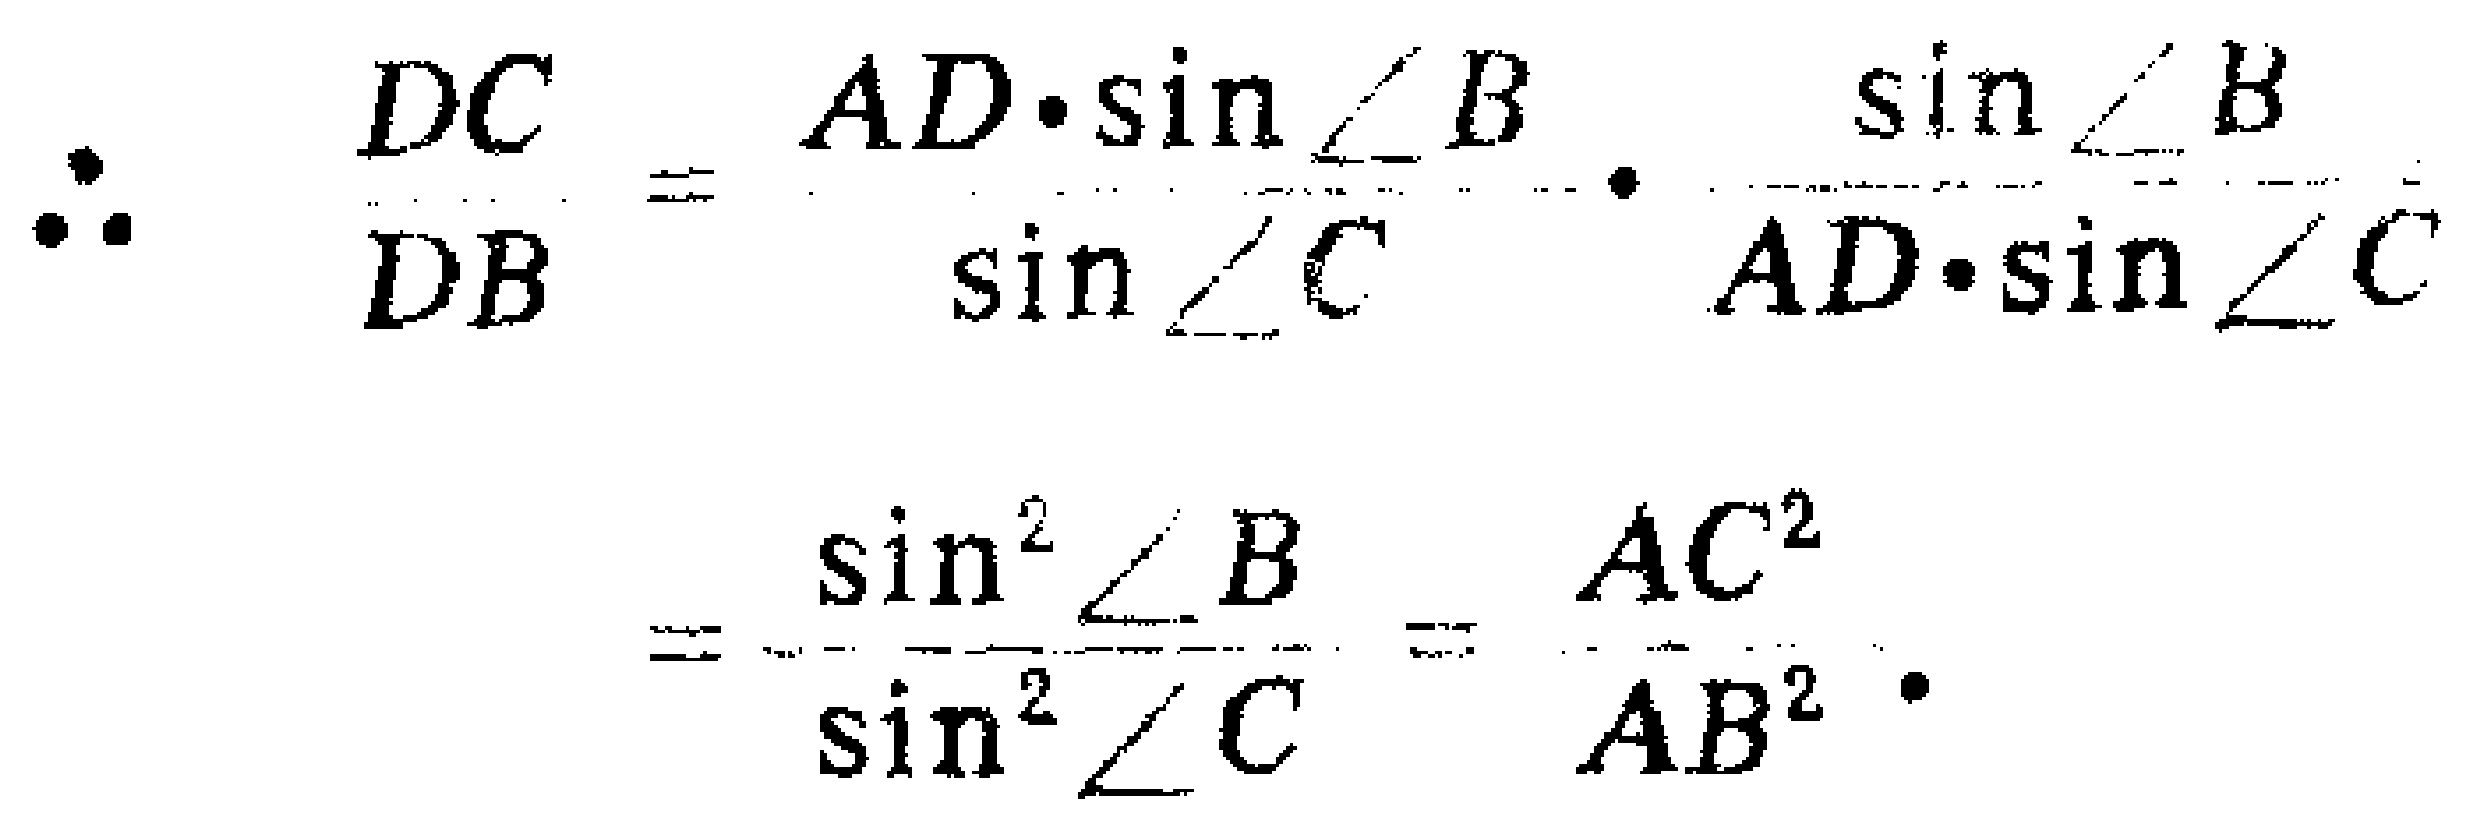
\[
\begin{align*}
\therefore\frac{DC}{DB}&=\frac{AD\cdot\sin\angle B}{\sin\angle C}\cdot\frac{\sin\angle B}{AD\cdot\sin\angle C}\\
&=\frac{\sin^{2}\angle B}{\sin^{2}\angle C}=\frac{AC^{2}}{AB^{2}}.
\end{align*}
\]